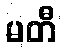
မတီ